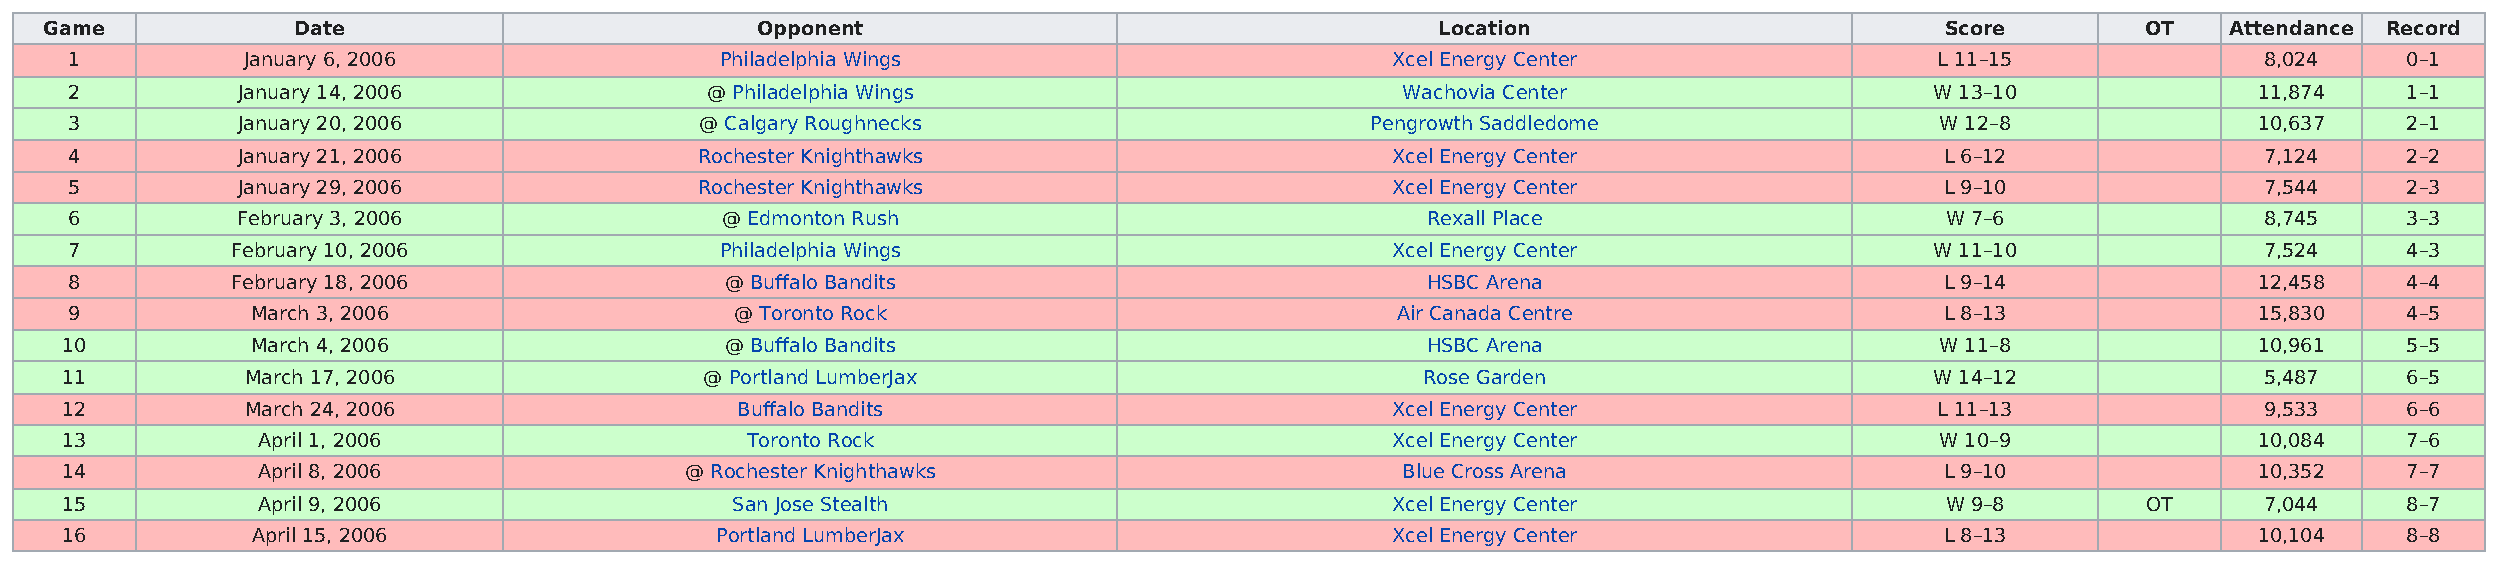
Game            Date                           Opponent                                     Location                          Score        OT    Attendance Record
 1          January 6, 2006                 Philadelphia Wings                          Xcel Energy Center                  L 11–15               8,024    0–1
 2          January 14, 2006               @ Philadelphia Wings                          Wachovia Center                    W 13–10              11,874    1–1
 3          January 20, 2006              @ Calgary Roughnecks                         Pengrowth Saddledome                 W 12–8               10,637    2–1
 4          January 21, 2006              Rochester Knighthawks                         Xcel Energy Center                   L 6–12               7,124    2–2
 5          January 29, 2006              Rochester Knighthawks                         Xcel Energy Center                   L 9–10               7,544    2–3
 6          February 3, 2006                @ Edmonton Rush                               Rexall Place                       W 7–6                8,745    3–3
 7         February 10, 2006                Philadelphia Wings                          Xcel Energy Center                  W 11–10               7,524    4–3
 8         February 18, 2006                @ Buffalo Bandits                             HSBC Arena                         L 9–14              12,458    4–4
 9           March 3, 2006                   @ Toronto Rock                             Air Canada Centre                    L 8–13              15,830    4–5
 10           March 4, 2006                  @ Buffalo Bandits                             HSBC Arena                        W 11–8               10,961    5–5
 11          March 17, 2006                 @ Portland LumberJax                           Rose Garden                       W 14–12               5,487    6–5
 12          March 24, 2006                   Buffalo Bandits                            Xcel Energy Center                  L 11–13               9,533    6–6
 13           April 1, 2006                   Toronto Rock                               Xcel Energy Center                  W 10–9               10,084    7–6
 14           April 8, 2006               @ Rochester Knighthawks                         Blue Cross Arena                    L 9–10              10,352    7–7
 15           April 9, 2006                  San Jose Stealth                            Xcel Energy Center                   W 9–8        OT      7,044    8–7
 16           April 15, 2006                Portland LumberJax                           Xcel Energy Center                   L 8–13              10,104    8–8